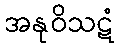
အနုဝိသဋံ